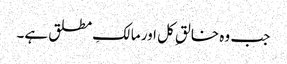
جب وہ خالقِ کل اور مالکِ مطلق ہے۔